Insane asylums in Bengal annual reports 1876-1887 - 1876-1887
Year: 1876
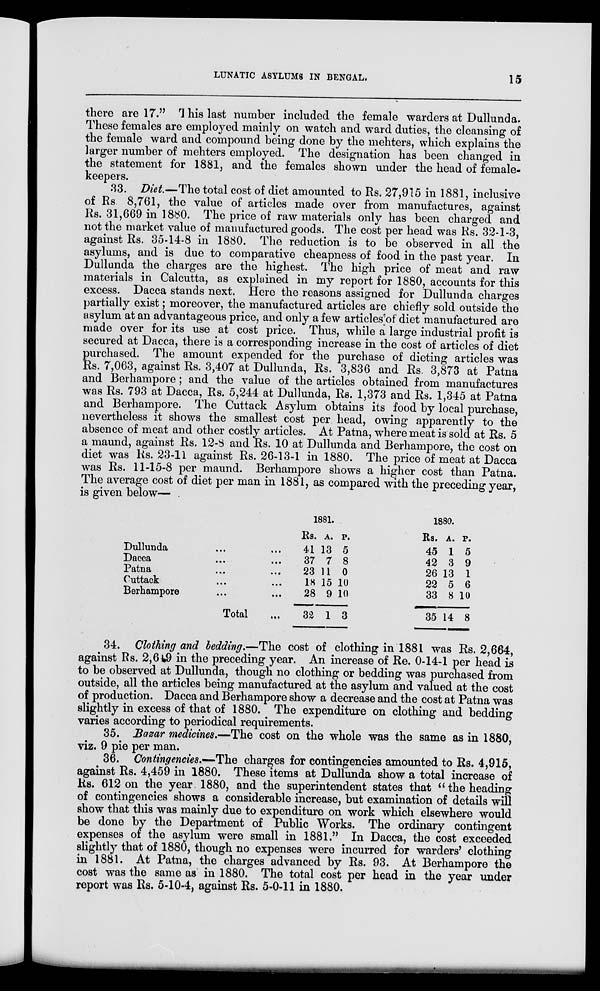
LUNATIC ASYLUMS IN BENGAL.
15
there are 17." This last number included the female warders at Dullunda.
These females are employed mainly on watch and ward duties, the cleansing of
the female ward and compound being done by the mehters, which explains the
larger number of mehters employed. The designation has been changed in
the statement for 1881, and the females shown under the head of female-
keepers.
33. Diet.—The total cost of diet amounted to Rs. 27,915 in 1881, inclusive
of Rs.8,761, the value of articles made over from manufactures, against
Rs. 31,669 in 1880. The price of raw materials only has been charged and
not the market value of manufactured goods. The cost per head was Rs. 32-1-3,
against Rs. 35-14-8 in 1880. The reduction is to be observed in all the
asylums, and is due to comparative cheapness of food in the past year. In
Dullunda the charges are the highest. The high price of meat and raw
materials in Calcutta, as explained in my report for 1880, accounts for this
excess. Dacca stands next. Here the reasons assigned for Dullunda charges
partially exist; moreover, the manufactured articles are chiefly sold outside the
asylum at an advantageous price, and only a few articles of diet manufactured are
made over for its use at cost price. Thus, while a large industrial profit is
secured at Dacca, there is a corresponding increase in the cost of articles of diet
purchased. The amount expended for the purchase of dieting articles was
Rs. 7,063, against Rs. 3,407 at Dullunda, Rs. 3,836 and Rs. 3,873 at Patna
and Berhampore; and the value of the articles obtained from manufactures
was Rs. 793 at Dacca, Rs. 5,244 at Dullunda, Rs. 1,373 and Rs. 1,345 at Patna
and Berhampore. The Cuttack Asylum obtains its food by local purchase,
nevertheless it shows the smallest cost per head, owing apparently to the
absence of meat and other costly articles. At Patna, where meat is sold at Rs. 5
a maund, against Rs. 12-8 and Rs. 10 at Dullunda and Berhampore, the cost on
diet was Rs. 23-11 against Rs. 26-13-1 in 1880. The price of meat at Dacca
was Rs. 11-15-8 per maund. Berhampore shows a higher cost than Patna.
The average cost of diet per man in 1881, as compared with the preceding year,
is given below—
Dullunda ... ...
Dacca ... ...
Patana
... ...
Cuttack ... ...
Berhampore ... ...
Total ...
1881.
Rs.
41
37
23
18
28
32
A.
13
7
11
15
9
1
P.
5
8
0
10
10
3
1880.
Rs.
45
42
26
22
33
35
A.
1
3
13
5
8
14
P.
5
9
1
6
10
8
34. Clothing and bedding.—The cost of clothing in 1881 was Rs. 2,664,
against Rs. 2,649 in the preceding year. An increase of Re. 0-14-1 per head is
to be observed at Dullunda, though no clothing or bedding was purchased from
outside, all the articles being manufactured at the asylum and valued at the cost
of production. Dacca and Berhampore show a decrease and the cost at Patna was
slightly in excess of that of 1880. The expenditure on clothing and bedding
varies according to periodical requirements.
35. Bazar medicines.—The cost on the whole was the same as in 1880,
viz. 9 pie per man.
36. Contingencies.—The charges for contingencies amounted to Rs. 4,915,
against Rs. 4,459 in 1880. These items at Dullunda show a total increase of
Rs. 612 on the year 1880, and the superintendent states that "the heading
of contingencies shows a considerable increase, but examination of details will
show that this was mainly due to expenditure on work which elsewhere would
be done by the Department of Public Works. The ordinary contingent
expenses of the asylum were small in 1881." In Dacca, the cost exceeded
slightly that of 1880, though no expenses were incurred for warders' clothing
in 1881. At Patna, the charges advanced by Rs. 93. At Berhampore the
cost was the same as in 1880. The total cost per head in the year under
report was Rs. 5-10-4, against Rs. 5-0-11 in 1880.